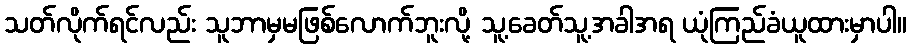
သတ်လိုက်ရင်လည်း သူဘာမှမဖြစ်လောက်ဘူးလို့ သူ့ခေတ်သူ့အခါအရ ယုံကြည်ခံယူထားမှာပါ။